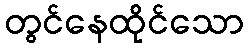
တွင်နေထိုင်သော